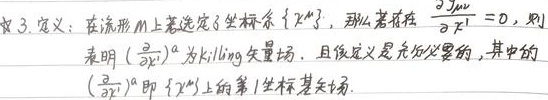
定义：在流形$M$上选定了坐标系$\{ x^{\mu}\}$，那么若存在$\frac{\partial g_{\mu\nu}}{\partial x^{1}} = 0$，则表明$(\frac{\partial}{\partial x^{1}})^{a}$为Killing矢量场，且该定义是充分必要的，其中的$(\frac{\partial}{\partial x^{1}})^{a}$即$\{ x^{\mu}\}$上的第$1$坐标基矢场。